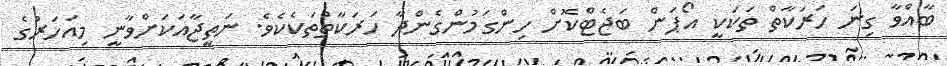
ބާއްވާ ގިނަ ހަރަކާތް ތަކަކީ އޯޕަން ބަޖެޓްކޮށް ހިންގަމުންގެންދާ ހަރަކާތްތަކެކެވެ. ނަތީޖާއަކަށްވާނީ މިއަހަރުގެ